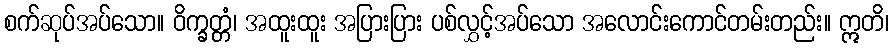
စက်ဆုပ်အပ်သော။ ဝိက္ခတ္တံ၊ အထူးထူး အပြားပြား ပစ်လွှင့်အပ်သော အလောင်းကောင်တမ်းတည်း။ ဣတိ၊